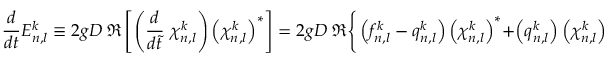
\frac { d } { d t } E _ { n , l } ^ { k } \equiv 2 g D \ \Re \left[ \left( \frac { d } { d \Tilde { t } } \ \chi _ { n , l } ^ { k } \right) \left( \chi _ { n , l } ^ { k } \right) ^ { * } \right] = 2 g D \ \Re \Bigg \{ \left( f _ { n , l } ^ { k } - q _ { n , l } ^ { k } \right) \left( \chi _ { n , l } ^ { k } \right) ^ { * } + \left( q _ { n , l } ^ { k } \right) \left( \chi _ { n , l } ^ { k } \right) ^ { * } \Bigg \} \, .